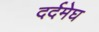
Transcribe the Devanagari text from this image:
दर्दमेघ